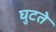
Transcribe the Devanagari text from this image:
घुटते